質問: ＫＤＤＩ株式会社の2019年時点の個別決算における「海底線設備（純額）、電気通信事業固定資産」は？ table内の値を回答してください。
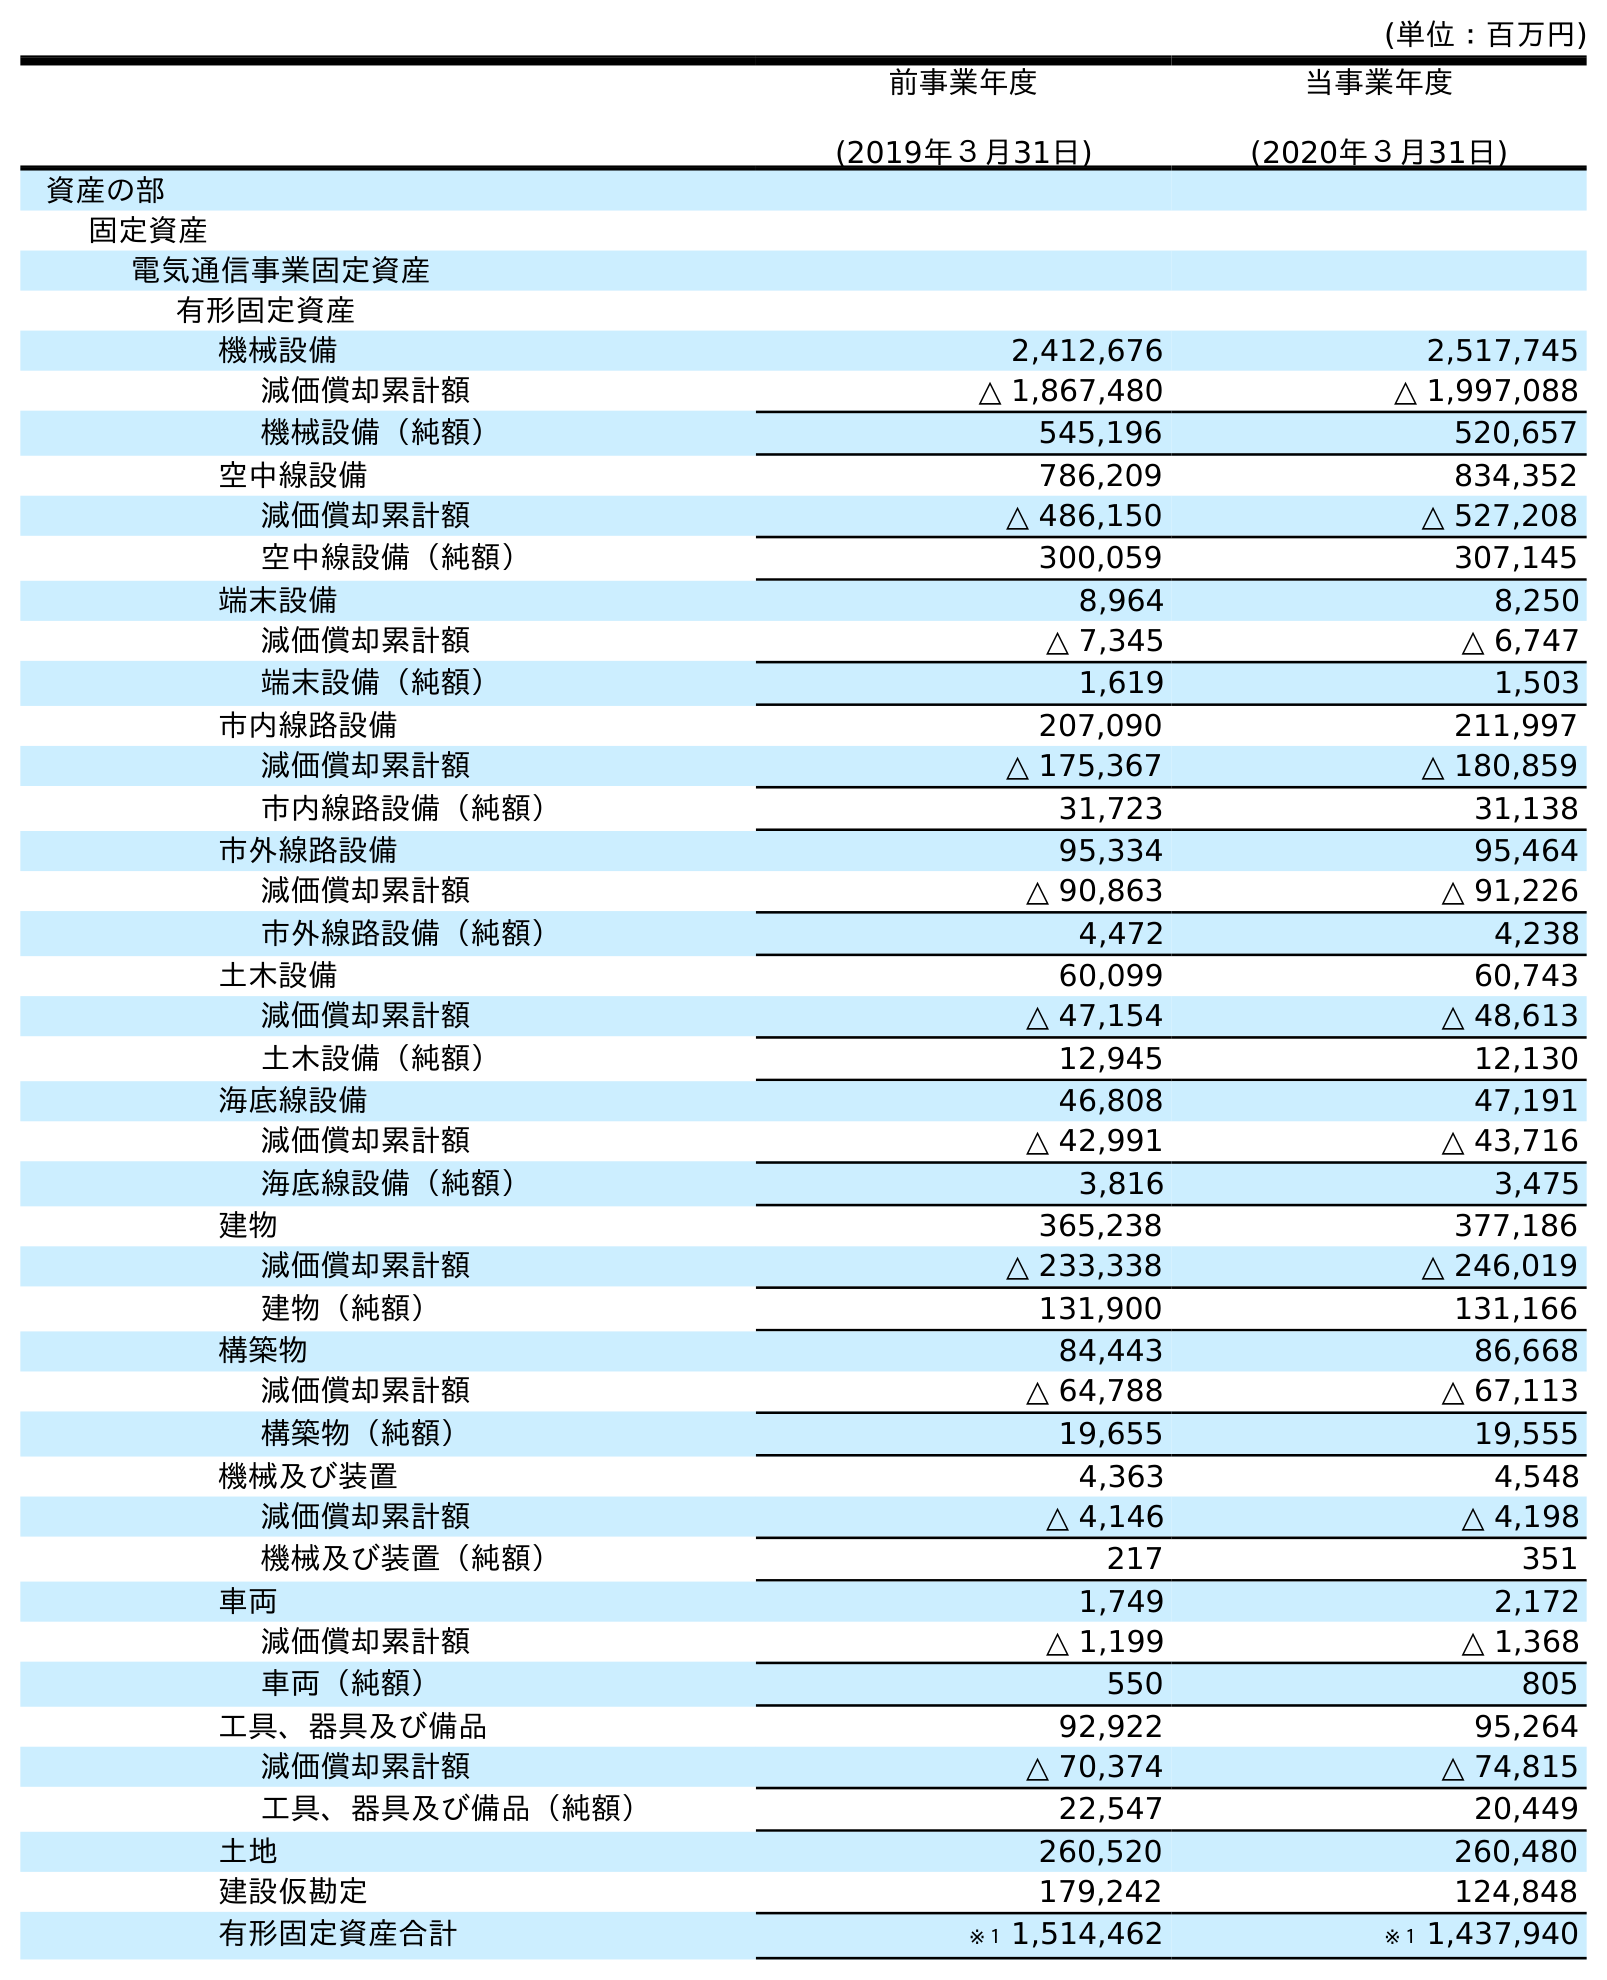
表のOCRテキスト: (単位：百万円) 前事業年度 (2019年３月31日) 当事業年度 (2020年３月31日) 資産の部 固定資産 電気通信事業固定資産 有形固定資産 機械設備 2,412,676 2,517,745 減価償却累計額 △ 1,867,480 △ 1,997,088 機械設備（純額） 545,196 520,657 空中線設備 786,209 834,352 減価償却累計額 △ 486,150 △ 527,208 空中線設備（純額） 300,059 307,145 端末設備 8,964 8,250 減価償却累計額 △ 7,345 △ 6,747 端末設備（純額） 1,619 1,503 市内線路設備 207,090 211,997 減価償却累計額 △ 175,367 △ 180,859 市内線路設備（純額） 31,723 31,138 市外線路設備 95,334 95,464 減価償却累計額 △ 90,863 △ 91,226 市外線路設備（純額） 4,472 4,238 土木設備 60,099 60,743 減価償却累計額 △ 47,154 △ 48,613 土木設備（純額） 12,945 12,130 海底線設備 46,808 47,191 減価償却累計額 △ 42,991 △ 43,716 海底線設備（純額） 3,816 3,475 建物 365,238 377,186 減価償却累計額 △ 233,338 △ 246,019 建物（純額） 131,900 131,166 構築物 84,443 86,668 減価償却累計額 △ 64,788 △ 67,113 構築物（純額） 19,655 19,555 機械及び装置 4,363 4,548 減価償却累計額 △ 4,146 △ 4,198 機械及び装置（純額） 217 351 車両 1,749 2,172 減価償却累計額 △ 1,199 △ 1,368 車両（純額） 550 805 工具、器具及び備品 92,922 95,264 減価償却累計額 △ 70,374 △ 74,815 工具、器具及び備品（純額） 22,547 20,449 土地 260,520 260,480 建設仮勘定 179,242 124,848 有形固定資産合計 ※１ 1,514,462 ※１ 1,437,940
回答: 3,816